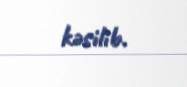
kəsilib.